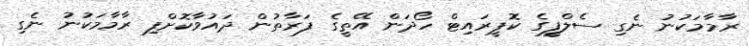
ރާމާމަކުނު ނެގި ސެލްފީގެ ކޮޕީރައިޓް ހޯދަން އޭތީގެ ފަރާތުން ދައުވާކޮށްފި ރާމާމަކުނު ނެގި